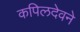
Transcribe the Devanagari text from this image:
कपिलदेवने